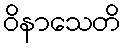
ဝိနာသေတိ